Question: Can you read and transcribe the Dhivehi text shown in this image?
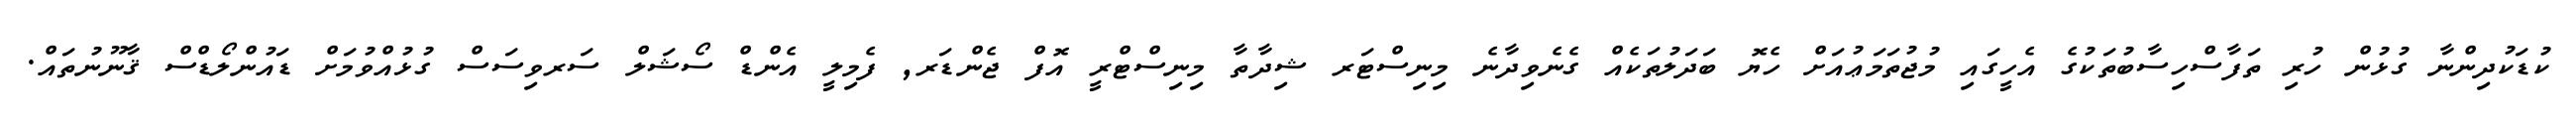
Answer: ކުޑަކުދިންނާ ގުޅުން ހުރި ތަފާސްހިސާބުތަކުގެ އެހީގައި މުޖުތަމަޢުއަށް ހެޔޮ ބަދަލުތަކެއް ގެނެވިދާނެ މިނިސްޓަރ ޝިދާތާ މިނިސްޓްރީ އޮފް ޖެންޑަރ, ފެމިލީ އެންޑް ސޯޝަލް ސަރވިސަސް ގުޅުއްވުމަށް ޑައުންލޯޑްސް ޤާނޫނުތައް.